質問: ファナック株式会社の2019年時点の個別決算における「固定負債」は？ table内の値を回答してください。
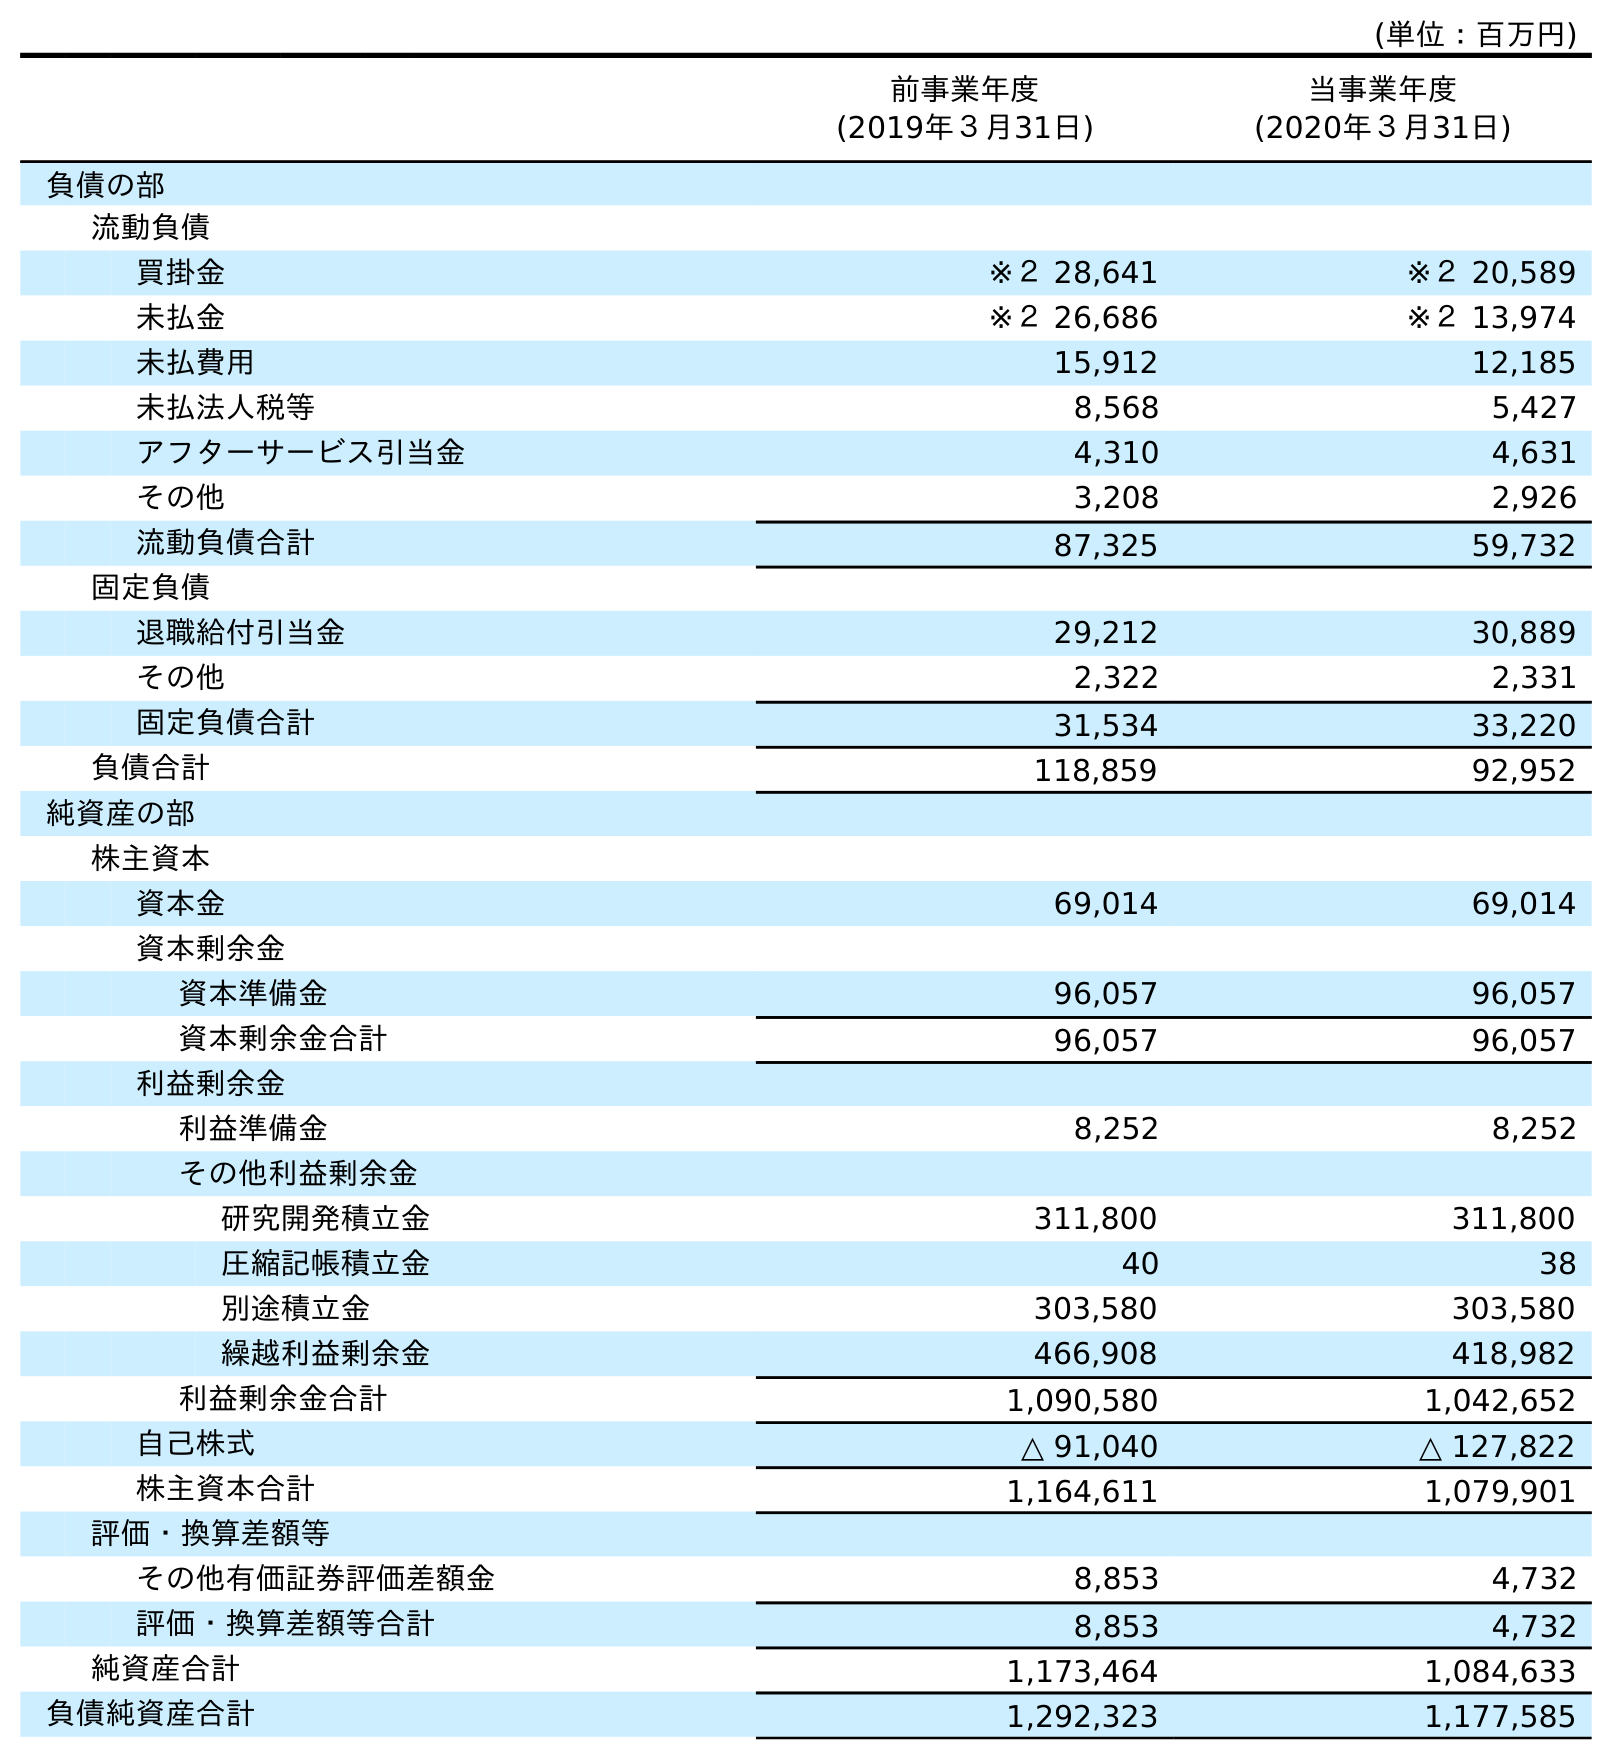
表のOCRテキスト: (単位：百万円) 前事業年度 (2019年３月31日) 当事業年度 (2020年３月31日) 負債の部 流動負債 買掛金 ※２ 28,641 ※２ 20,589 未払金 ※２ 26,686 ※２ 13,974 未払費用 15,912 12,185 未払法人税等 8,568 5,427 アフターサービス引当金 4,310 4,631 その他 3,208 2,926 流動負債合計 87,325 59,732 固定負債 退職給付引当金 29,212 30,889 その他 2,322 2,331 固定負債合計 31,534 33,220 負債合計 118,859 92,952 純資産の部 株主資本 資本金 69,014 69,014 資本剰余金 資本準備金 96,057 96,057 資本剰余金合計 96,057 96,057 利益剰余金 利益準備金 8,252 8,252 その他利益剰余金 研究開発積立金 311,800 311,800 圧縮記帳積立金 40 38 別途積立金 303,580 303,580 繰越利益剰余金 466,908 418,982 利益剰余金合計 1,090,580 1,042,652 自己株式 △ 91,040 △ 127,822 株主資本合計 1,164,611 1,079,901 評価・換算差額等 その他有価証券評価差額金 8,853 4,732 評価・換算差額等合計 8,853 4,732 純資産合計 1,173,464 1,084,633 負債純資産合計 1,292,323 1,177,585
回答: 31,534